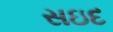
સઇદ